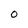
Character: 0